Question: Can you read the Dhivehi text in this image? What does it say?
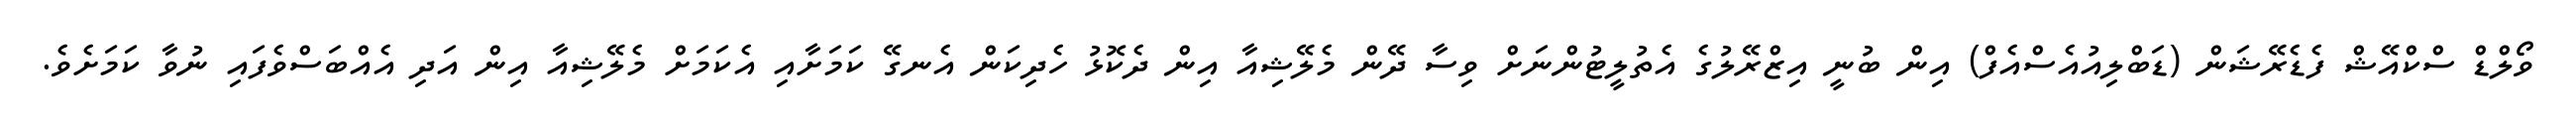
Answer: ވޯލްޑް ސްކްއޭޝް ފެޑެރޭޝަން (ޑަބްލިއުއެސްއެފް) އިން ބުނީ އިޒްރޭލުގެ އެތުލީޓުންނަށް ވިސާ ދޭން މެލޭޝިއާ އިން ދެކޮޅު ހެދިކަން އެނގޭ ކަމަށާއި އެކަމަށް މެލޭޝިއާ އިން އަދި އެއްބަސްވެފައި ނުވާ ކަމަށެވެ.